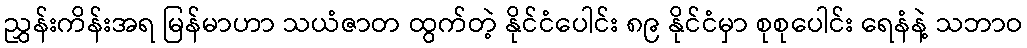
ညွှန်းကိန်းအရ မြန်မာဟာ သယံဇာတ ထွက်တဲ့ နိုင်ငံပေါင်း ၈၉ နိုင်ငံမှာ စုစုပေါင်း ရေနံနဲ့ သဘာဝ